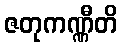
ဇတုကဏ္ဏီတိ